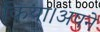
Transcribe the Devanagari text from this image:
किया।अपने